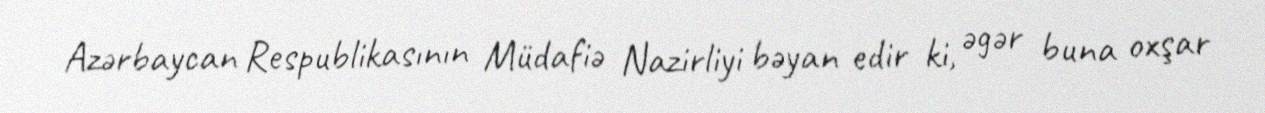
Azərbaycan Respublikasının Müdafiə Nazirliyi bəyan edir ki, əgər buna oxşar